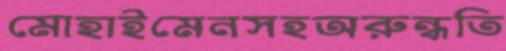
মোহাইমেনসহঅরুন্ধতি